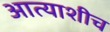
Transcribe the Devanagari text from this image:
आत्याशीच